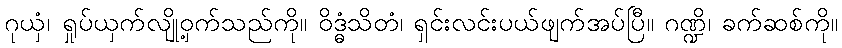
ဂုယှံ၊ ရှုပ်ယှက်လျို့ဝှက်သည်ကို။ ဝိဒ္ဓံသိတံ၊ ရှင်းလင်းပယ်ဖျက်အပ်ပြီ။ ဂဏ္ဍိ၊ ခက်ဆစ်ကို။